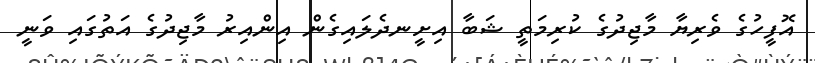
އޮފީހުގެ ވެރިޔާ މާޖިދުގެ ކުރިމަތީ ޝަބާ އިށީނދެލައިގެން އިންއިރު މާޖިދުގެ އަތުގައި ވަނީ